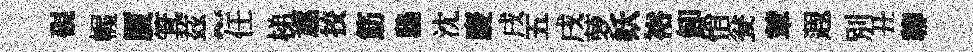
硯幄厦箕兹~任梯豗挍筋鴟沈慶戌五戌萝妖裕卸悄瓮輦遐別丑聊